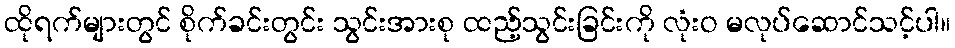
ထိုရက်များတွင် စိုက်ခင်းတွင်း သွင်းအားစု ထည့်သွင်းခြင်းကို လုံးဝ မလုပ်ဆောင်သင့်ပါ။